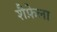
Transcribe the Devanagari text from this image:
शैफ़ेला